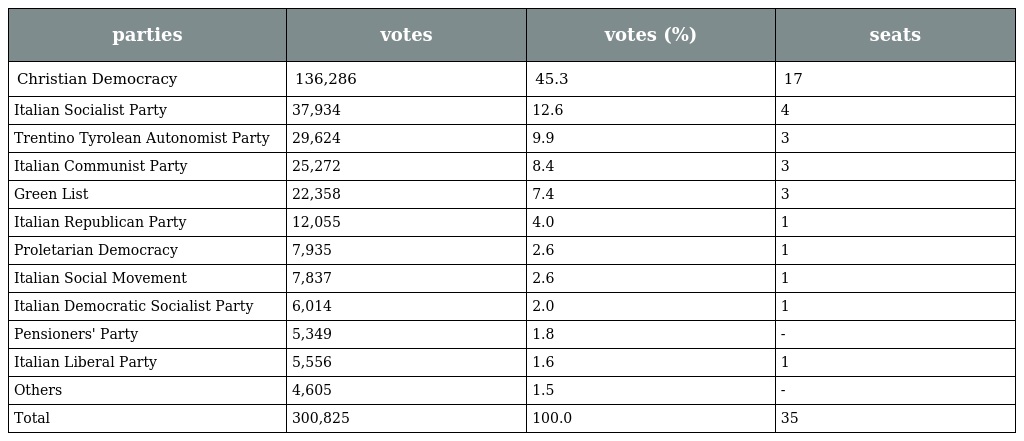
| parties | votes | votes (%) | seats |
 | --- | --- | --- | --- |
 | Christian Democracy | 136,286 | 45.3 | 17 |
 | Italian Socialist Party | 37,934 | 12.6 | 4 |
 | Trentino Tyrolean Autonomist Party | 29,624 | 9.9 | 3 |
 | Italian Communist Party | 25,272 | 8.4 | 3 |
 | Green List | 22,358 | 7.4 | 3 |
 | Italian Republican Party | 12,055 | 4.0 | 1 |
 | Proletarian Democracy | 7,935 | 2.6 | 1 |
 | Italian Social Movement | 7,837 | 2.6 | 1 |
 | Italian Democratic Socialist Party | 6,014 | 2.0 | 1 |
 | Pensioners' Party | 5,349 | 1.8 | - |
 | Italian Liberal Party | 5,556 | 1.6 | 1 |
 | Others | 4,605 | 1.5 | - |
 | Total | 300,825 | 100.0 | 35 |